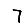
Digit: 7